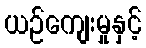
ယဉ်ကျေးမှုနှင့်